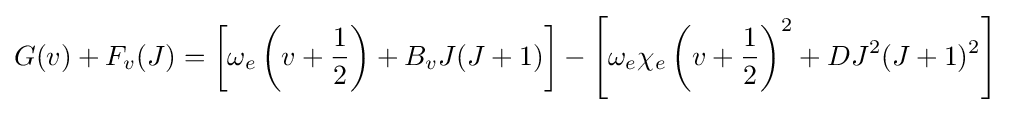
G(v)+F_{v}(J)=\left[\omega _{e}\left(v+{1 \over 2}\right)+B_{v}J(J+1)\right]-\left[\omega _{e}\chi _{e}\left(v+{1 \over 2}\right)^{2}+DJ^{2}(J+1)^{2}\right]